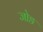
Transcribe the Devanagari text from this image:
जोङ